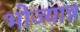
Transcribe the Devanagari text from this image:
भोज्यान्न